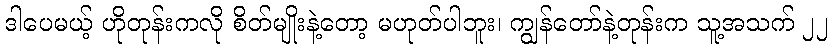
ဒါပေမယ့် ဟိုတုန်းကလို စိတ်မျိုးနဲ့တော့ မဟုတ်ပါဘူး၊ ကျွန်တော်နဲ့တုန်းက သူ့အသက် ၂၂